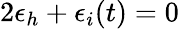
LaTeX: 2\epsilon_{h}+\epsilon_{i}(t)=0